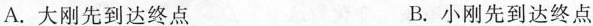
A.大刚先到达终点 B.小刚先到达终点